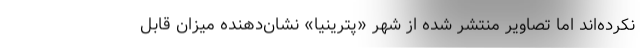
نکرده‌اند اما تصاویر منتشر شده از شهر «پترینیا» نشان‌دهنده میزان قابل